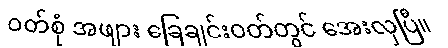
ဝတ်စုံ အဖျား ခြေချင်းဝတ်တွင် အေးလှပြီ။